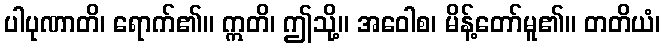
ပါပုဏာတိ၊ ရောက်၏။ ဣတိ၊ ဤသို့။ အဝေါစ၊ မိန့်တော်မူ၏။ တတိယံ၊